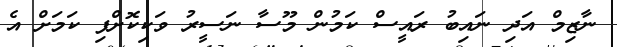
ނާޒިމް އަދި ނައިބު ރައީސް ކަމުން މޫސާ ނަސީރު ވަކިކޮށްފި ކަމަށް އެ